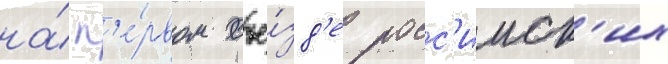
на́ п'е́рвом съе́зд'е росс'ииск'их